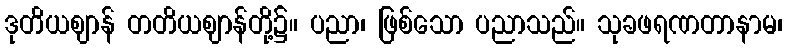
ဒုတိယဈာန် တတိယဈာန်တို့၌။ ပညာ၊ ဖြစ်သော ပညာသည်။ သုခဖရဏတာနာမ၊